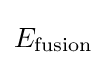
E_{\text{fusion}}